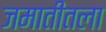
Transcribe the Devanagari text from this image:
जमातीतला